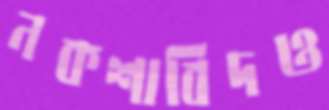
নকশাবিদও